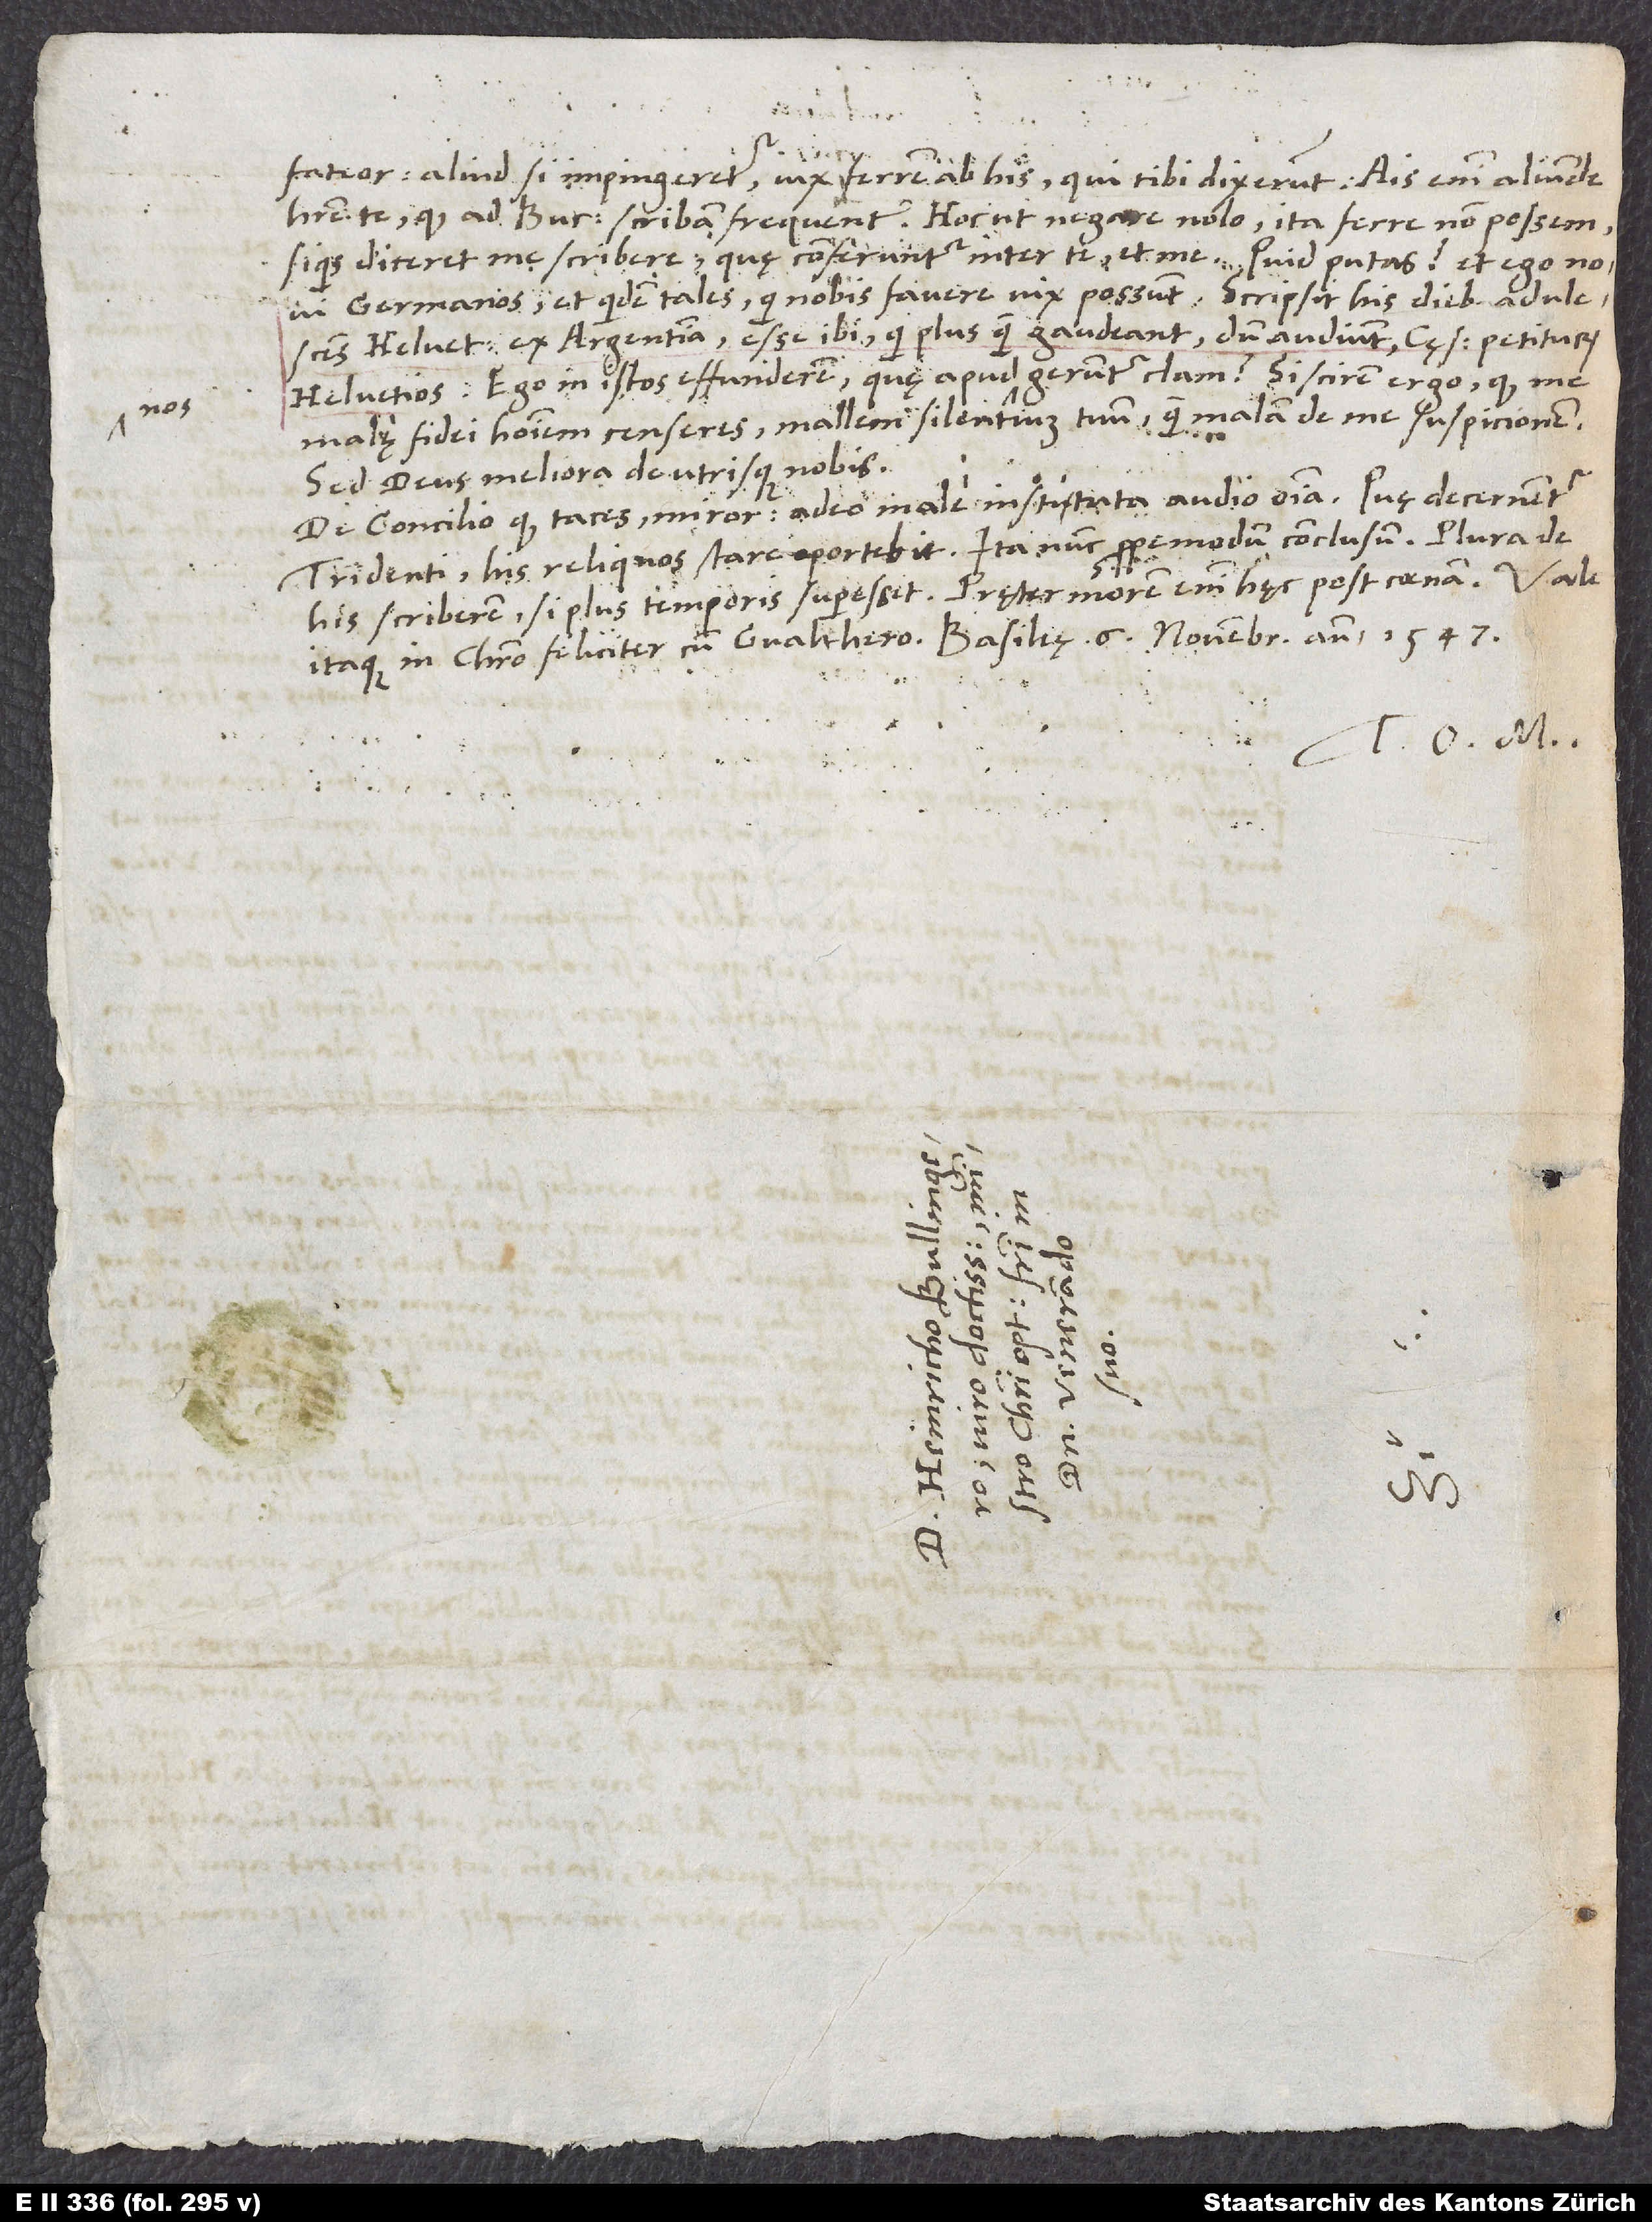
nos

fateor. Aliud si impingeretur, vix ferrem ab his, qui tibi dixerunt! Ais enim aliunde
habere te, quod ad Bucerum scribam frequenter. Hoc ut negare nolo, ita ferre non possem,
si quis diceret me scribere, quę conferuntur inter te et me. Quid putas? Et ego novi
Germanos, et quidem tales, qui nobis favere vix possunt. Scripsit his diebus adulescens
Helvetius ex Argentina: Esse ibi, qui plus quam gaudeant, dum audiunt cęsarem petiturum
Helvetios. Ego in istos effunderem, quę apud nos geruntur clam? Si scirem ergo, quod me
malę fidei hominem censeres, mallem silentium tuum quam malam de me suspicionem.
Sed deus meliora de utrisque nobis.
De concilio quod taces, miror. Adeo male instituta audio omnia: Quę decernentur
Tridenti, his reliquos stare oportebit, ita nunc propemodum conclusum. Plura de
his scriberem, si plus temporis superesset. Pręter morem enim hęc post coenam.
itaque in Christo feliciter cum Gvalthero. Basileę, 6. novembris anno 1547.
Tuus O. M.
S.